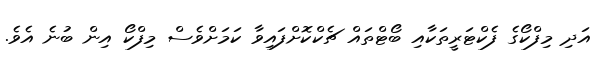
އަދި މިފްކޯގެ ފެކްޓަރީތަކާއި ބޯޓްތައް ޗެކްކޮށްފައިވާ ކަމަށްވެސް މިފްކޯ އިން ބުނެ އެވެ.